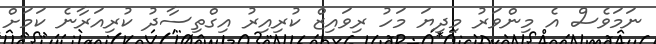
ނަމަވެސް އެ މިންވަރު މިދިޔަ މަހު ރިވައިޒް ކުރިއިރު އިގްތިސާދު ކުރިއަރާނެ ކަމަށް